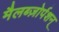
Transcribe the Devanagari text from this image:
मैलब्ज़ोर्पशन्